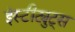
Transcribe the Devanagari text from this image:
इंस्टीट्युट्स